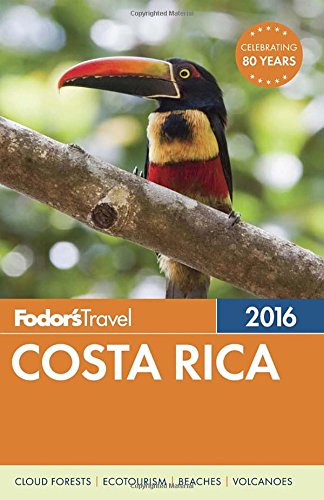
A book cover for Fodor's Costa Rica 2016 (Full-color Travel Guide); Fodor's; Travel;